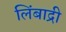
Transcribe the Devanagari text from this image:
लिंबाद्री